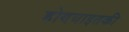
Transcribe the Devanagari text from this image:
होण्याइतकी